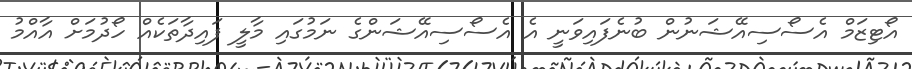
އޯޓިޒަމް އެސޯސިއޭޝަނުން ބުނެފައިވަނީ އެ އެސޯސިއޭޝަންގެ ނަމުގައި މާލީ ފައިދާތަކެއް ހޯދުމަށް އާއްމު